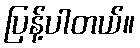
ပြန့်ပါတယ်။